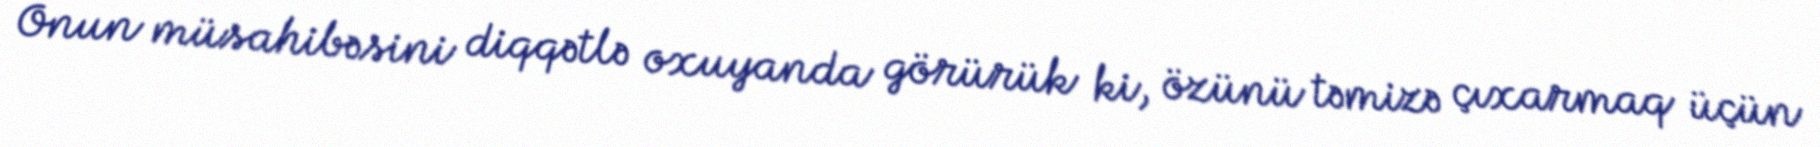
Onun müsahibəsini diqqətlə oxuyanda görürük ki, özünü təmizə çıxarmaq üçün